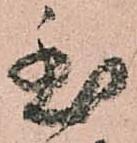
至